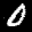
Label: 0